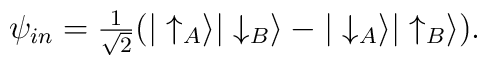
\psi_{in} = {\textstyle \frac {1}{\sqrt{2}}}(|\uparrow _{A}\rangle|\downarrow _{B}\rangle - |\downarrow _{A}\rangle | \uparrow _{B} \rangle).